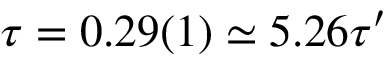
\tau = 0 . 2 9 ( 1 ) \simeq 5 . 2 6 \tau ^ { \prime }